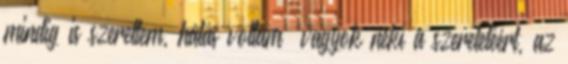
mindig is szerettem, hálás voltam vagyok neki a szeretetéért, az